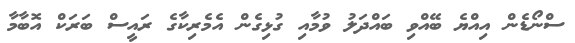
ސްނޯޑެން އިއްޔެ ބޭއްވި ބައްދަލު ވުމާއި ގުޅިގެން އެމެރިކާގެ ރައީސް ބަރަކް އޮބާމާ